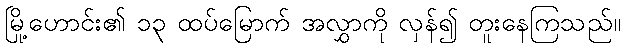
မြို့ဟောင်း၏ ၁၃ ထပ်မြောက် အလွှာကို လှန်၍ တူးနေကြသည်။